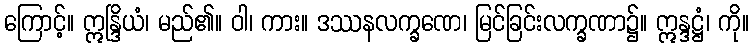
ကြောင့်။ ဣန္ဒြိယံ၊ မည်၏။ ဝါ၊ ကား။ ဒဿနလက္ခဏေ၊ မြင်ခြင်းလက္ခဏာ၌။ ဣန္ဒဋ္ဌံ၊ ကို။